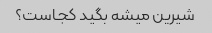
شیرین میشه بگید کجاست؟